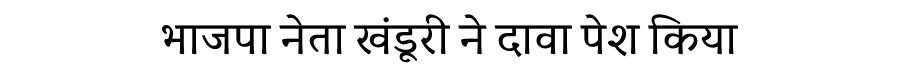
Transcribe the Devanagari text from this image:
भाजपा नेता खंडूरी ने दावा पेश किया